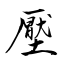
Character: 壓